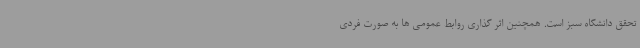
تحقق دانشگاه سبز است. همچنین اثر گذاری روابط عمومی ها به صورت فردی